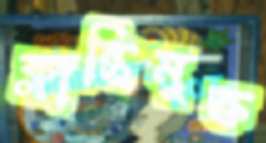
ক্লান্তিমুক্ত